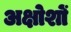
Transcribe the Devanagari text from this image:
अक्षोशों